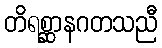
တိရစ္ဆာနဂတသညီ